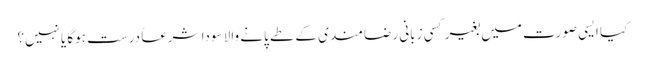
کیا ایسی صورت میں بغیر کسی زبانی رضامندی کے طے پانے والا سودا شرعاً درست ہوگا یانہیں؟